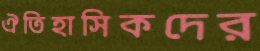
ঐতিহাসিকদের